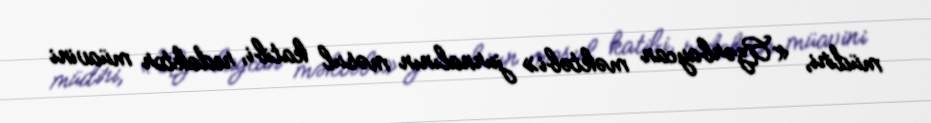
müdiri, «Azərbaycan məktəbi» jurnalının məsul katibi, redaktor müavini